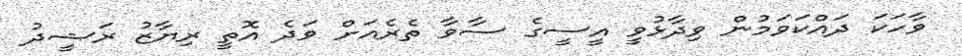
ވާހަކަ ދައްކަވަމުން ވިދާޅުވީ އީސީގެ ސާވާ ތެރެއަށް ވަދެ އޮތީ ރިޔާޒު ރަޝީދު